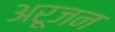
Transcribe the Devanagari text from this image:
अरूजन